Asutav_Kogu, lk 88
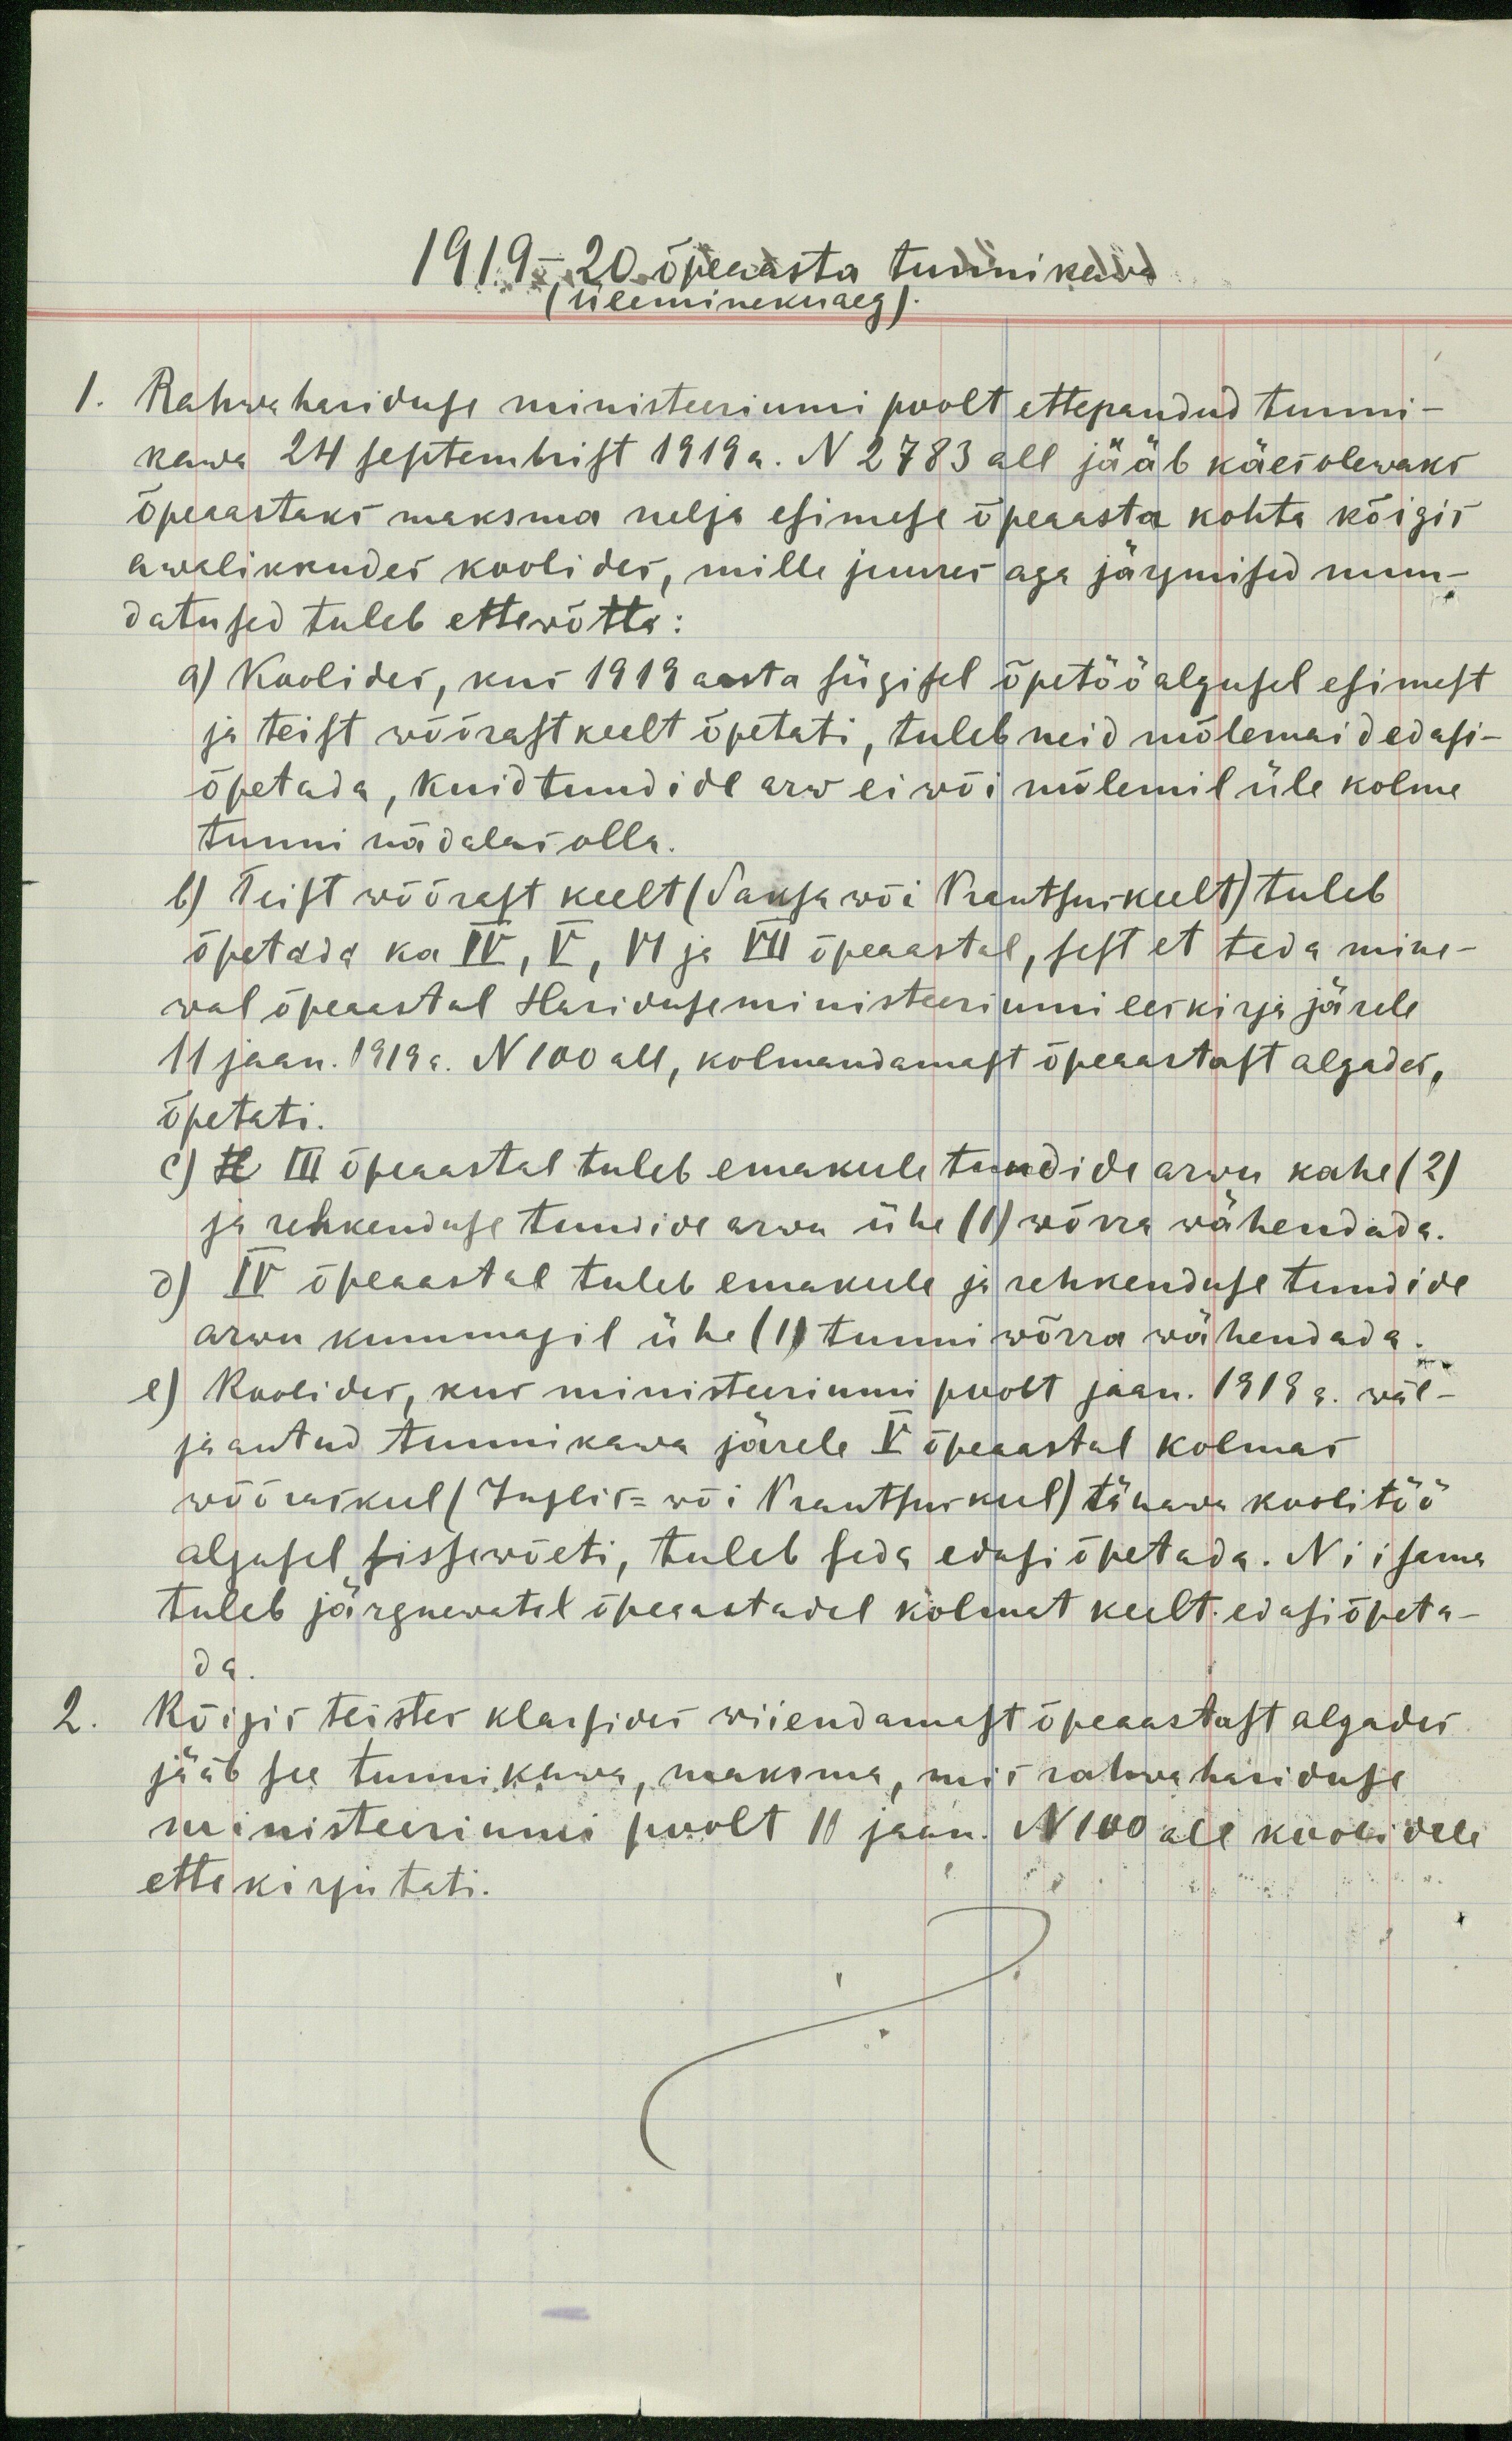
1919-20 õpeaasta tunni kawa
(üleminekuaeg).
kawa 24 septembrist 1919 a. N 2783 all jääb käesolewaks
1. Rahwa hariduse ministeeriumi poolt ettepandud tunni-
õpeaastaks maksma nelja esimese õpeaasta kohta kõigis
awalikkudes koolides, mille juures aga järgmised muu-
datused tuleb ettewõtta:
a) Koolides, kus 1919 aasta sügisel õpetöö algusel esimest
ja teist võõrast keelt õpetati, tuleb neid mõlemaid edasi-
õpetada, kuid tundide arw ei wõi mõlemil üle kolme
tunni nädalas olla.
b) Teist wõõrast keelt (Saksa wõi Prantsuskeelt) tuleb
õpetada ka IV, V, VI ja VII õpeaastal, sest et teda mine-
wal õpeaastal Hariduseministeeriumi eeskirja järele
11 jaan. 1919 a. N100 all, kolmandamast õpeaastast algades,
õpetati.
c) H III õpeaastal tuleb emakeele tundide arwu kahe (2)
ja rehkenduse tundide arvu ühe (1) wõrra wähendada.
d) IV õpeaastal tuleb emakeele ja rehkenduse tundide
arwu kummagil ühe (1) tunni wõrra wähendada.
e) Koolides, kus ministeeriumi poolt jaan. 1919 a. wäl-
ja antud tunnikawa järele V õpeaastal kolmas
wõõraskeel (Inglis- wõi Prantsuskeel) tänawu koolitöö
algusel sissewõeti, tuleb seda edasi õpetada. Nii sama
tuleb järgnewatel õpeaastadel kolmat keelt edasi õpeta-
da
2. Kõigis teistes klassides wiiendamast õpeaastast algades
jääb see tunnikawa, maksma, mis rahwa hariduse
ministeeriumi poolt 11 jaan. N100 all koolidele
ette kirjutati.